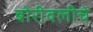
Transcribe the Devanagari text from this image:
बोरीवलीचे